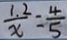
\frac { 1 . 2 } { x } = \frac { 4 } { 5 }